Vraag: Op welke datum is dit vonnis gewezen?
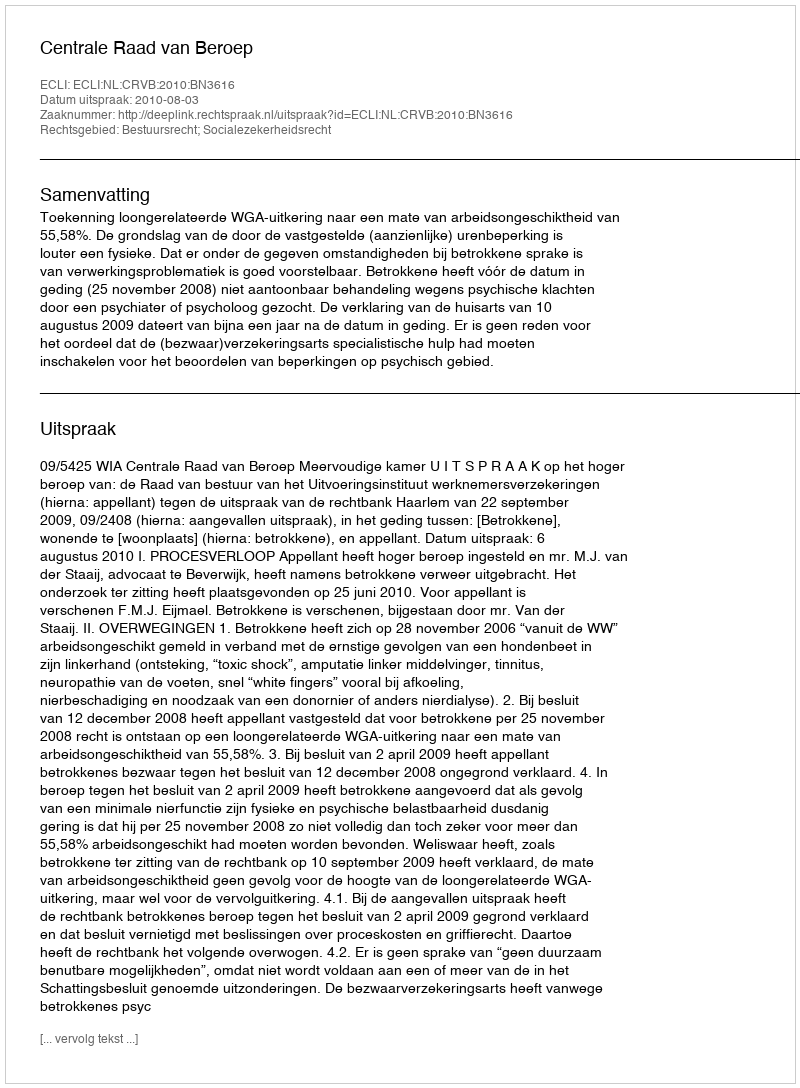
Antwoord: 2010-08-03